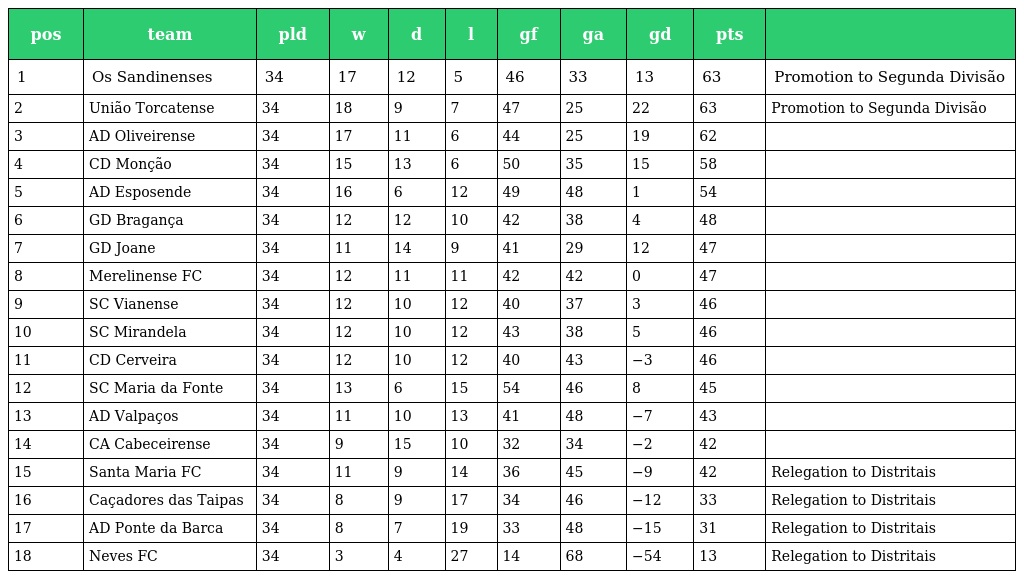
| pos | team | pld | w | d | l | gf | ga | gd | pts |  |
 | --- | --- | --- | --- | --- | --- | --- | --- | --- | --- | --- |
 | 1 | Os Sandinenses | 34 | 17 | 12 | 5 | 46 | 33 | 13 | 63 | Promotion to Segunda Divisão |
 | 2 | União Torcatense | 34 | 18 | 9 | 7 | 47 | 25 | 22 | 63 | Promotion to Segunda Divisão |
 | 3 | AD Oliveirense | 34 | 17 | 11 | 6 | 44 | 25 | 19 | 62 |  |
 | 4 | CD Monção | 34 | 15 | 13 | 6 | 50 | 35 | 15 | 58 |  |
 | 5 | AD Esposende | 34 | 16 | 6 | 12 | 49 | 48 | 1 | 54 |  |
 | 6 | GD Bragança | 34 | 12 | 12 | 10 | 42 | 38 | 4 | 48 |  |
 | 7 | GD Joane | 34 | 11 | 14 | 9 | 41 | 29 | 12 | 47 |  |
 | 8 | Merelinense FC | 34 | 12 | 11 | 11 | 42 | 42 | 0 | 47 |  |
 | 9 | SC Vianense | 34 | 12 | 10 | 12 | 40 | 37 | 3 | 46 |  |
 | 10 | SC Mirandela | 34 | 12 | 10 | 12 | 43 | 38 | 5 | 46 |  |
 | 11 | CD Cerveira | 34 | 12 | 10 | 12 | 40 | 43 | −3 | 46 |  |
 | 12 | SC Maria da Fonte | 34 | 13 | 6 | 15 | 54 | 46 | 8 | 45 |  |
 | 13 | AD Valpaços | 34 | 11 | 10 | 13 | 41 | 48 | −7 | 43 |  |
 | 14 | CA Cabeceirense | 34 | 9 | 15 | 10 | 32 | 34 | −2 | 42 |  |
 | 15 | Santa Maria FC | 34 | 11 | 9 | 14 | 36 | 45 | −9 | 42 | Relegation to Distritais |
 | 16 | Caçadores das Taipas | 34 | 8 | 9 | 17 | 34 | 46 | −12 | 33 | Relegation to Distritais |
 | 17 | AD Ponte da Barca | 34 | 8 | 7 | 19 | 33 | 48 | −15 | 31 | Relegation to Distritais |
 | 18 | Neves FC | 34 | 3 | 4 | 27 | 14 | 68 | −54 | 13 | Relegation to Distritais |